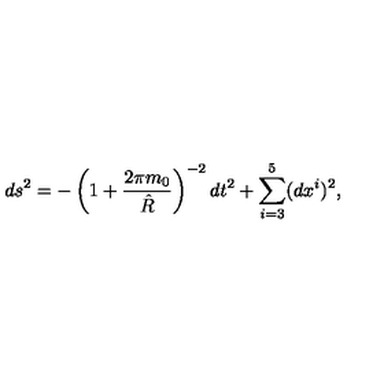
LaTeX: d s ^ { 2 } = - \left( 1 + { \frac { 2 \pi m _ { 0 } } { \hat { R } } } \right) ^ { - 2 } d t ^ { 2 } + \sum _ { i = 3 } ^ { 5 } ( d x ^ { i } ) ^ { 2 } ,